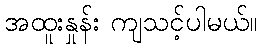
အထူးနှုန်း ကျသင့်ပါမယ်။